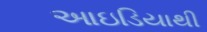
આઇડિયાથી